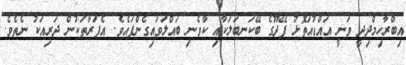
އިބްރާހިމްދިދީ ވަނީ އައްޑުއަތޮޅު ފޭދޫގެ ބޭކަނބަލަކާއި ކާވެނި ބައްލަވައިގެންފައެވެ. އެފަރާތަކުން ދަރިއަކު ނެތެވެ.